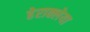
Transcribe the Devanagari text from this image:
हेराक्लेया